Civil Veterinary Department Bihar & Orissa reports 1929-36 - 1929-1936
Year: 1929
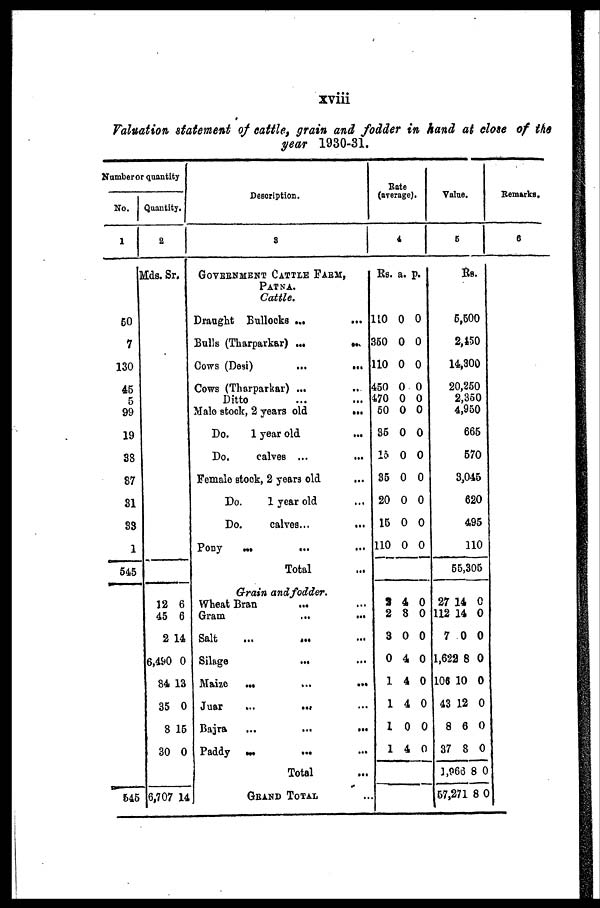
xviii
Valuation statement of cattle, grain and fodder in hand at close of the
year 1930-31.
Number or quantity
No.
1
50
7
130
45
5
99
19
38
87
31
33
1
545
545
Quantity.
2
Mds. Sr.
12 6
45 6
2 14
6,490 0
84 13
35 0
8 15
30 0
6,707 14
Description.
3
GOVERNMENT CATTLE FARM,
PATNA.
Cattle.
Draught Bullocks ... ...
Bulls (Tharparkar) ... ...
Cows (Desi) ... ...
Cows (Tharparkar) ... ...
Ditto
Male stock, 2 years old
...
Do.
1 year old ...
Do.
calves ...
...
Female stock, 2 years old ...
Do.
1 year old ...
Do.
calves ... ...
Pony ... ... ...
Total ...
Grain and fodder.
Wheat Bran ... ...
Gram ... ...
Salt ... ... ...
Silage ... ...
Maize ... ... ...
Juar ... ... ...
Bajra ... ... ...
Paddy ... ... ...
Total ...
GRAND TOTAL ...
Rate
(average).
4
Rs. a. p.
110 0 0
350 0 0
110 0 0
450 0 0
470 0 0
50 0 0
35 0 0
15 0 0
35 0 0
20 0 0
15 0 0
110 0 0
3 4 0
2 8 0
3 0 0
0 4 0
1 4 0
1 4 0
1 0 0
1 4 0
Value.
5
Rs.
5,500
2,450
14,300
20,250
2,350
4,950
665
570
3,045
620
495
110
55,305
27 14 0
112 14 0
7 0 0
1,622 8 0
106 10 0
43 12 0
8 6 0
37 8 0
3,966 8 0
57,271 8 0
Remarks.
6